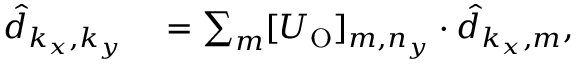
\begin{array} { r l } { \hat { d } _ { k _ { x } , k _ { y } } } & { { } = \sum _ { m } [ U _ { \mathrm { O } } ] _ { m , n _ { y } } \cdot \hat { d } _ { k _ { x } , m } , } \end{array}